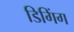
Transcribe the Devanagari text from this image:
डिगिंग